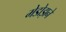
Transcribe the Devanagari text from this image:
मेडोझने